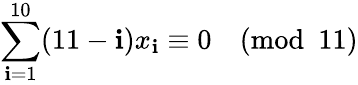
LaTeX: \sum_{\mathbf{i}=1}^{10}(11-\mathbf{i})x_{\mathbf{i}}\equiv0{\pmod{11}}